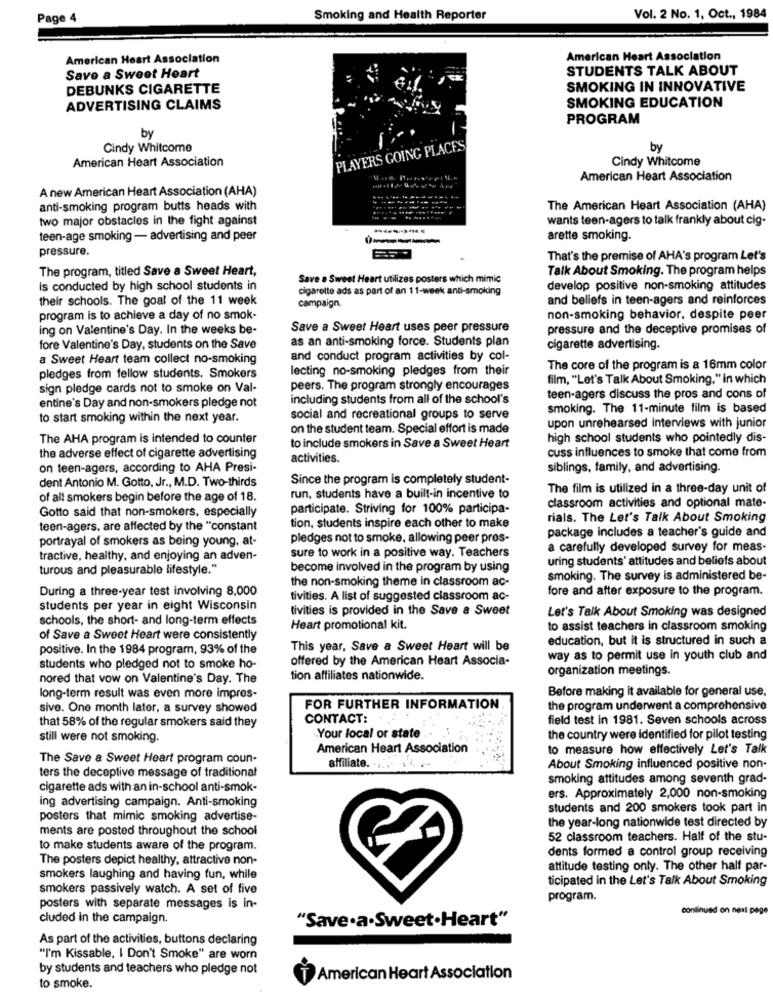
Page 4
Smoking and Health Reporter
Vol. 2 No. 1, Oct ., 1984
American Heart Association
American Heart Association
STUDENTS TALK ABOUT
Save a Sweet Heart
DEBUNKS CIGARETTE
SMOKING IN INNOVATIVE
SMOKING EDUCATION
ADVERTISING CLAIMS
PROGRAM
by
Cindy Whitcome
PLAYERS GOING PLACES
by
American Heart Association
Cindy Whitcome
American Heart Association
A new American Heart Association (AHA)
anti-smoking program butts heads with
The American Heart Association (AHA)
two major obstacles in the fight against
wants teen-agers to talk frankly about cig-
teen-age smoking - advertising and peer
arette smoking.
pressure.
That's the premise of AHA's program Let's
The program, titled Save a Sweet Heart,
Talk About Smoking. The program helps
Save . Sweet Heart utilizes posters which mimic
Is conducted by high school students in
cigarette ads as part of an 11-week anti-smoking
develop positive non-smoking attitudes
their schools. The goal of the 11 week
and beliefs in teen-agers and reinforces
campaign.
program is to achieve a day of no smok-
non-smoking behavior, despite peer
ing on Valentine's Day. In the weeks be-
Save a Sweet Heart uses peer pressure
pressure and the deceptive promises of
as an anti-smoking force. Students plan
fore Valentine's Day, students on the Save
cigarette advertising.
a Sweet Heart team collect no-smoking
and conduct program activities by col-
lecting no-smoking pledges from their
The core of the program is a 16mm color
pledges from fellow students. Smokers
film, "Let's Talk About Smoking," in which
sign pledge cards not to smoke on Val-
peers. The program strongly encourages
including students from all of the school's
teen-agers discuss the pros and cons of
entine's Day and non-smokers pledge not
smoking. The 11-minute film is based
to start smoking within the next year.
social and recreational groups to serve
upon unrehearsed interviews with junior
on the student team. Special effort is made
The AHA program is intended to counter
high school students who pointedly dis-
to include smokers in Save a Sweet Heart
cuss influences to smoke that come from
the adverse effect of cigarette advertising
activities.
on teen-agers, according to AHA Presi-
siblings, family, and advertising.
dent Antonio M. Gotto, Jr ., M.D. Two-thirds
Since the program is completely student-
The film is utilized in a three-day unit of
of all smokers begin before the age of 18.
run, students have a built-in incentive to
participate. Striving for 100% participa-
classroom activities and optional mate-
Gotto said that non-smokers, especially
rials. The Let's Talk About Smoking
teen-agers, are affected by the "constant
tion, students inspire each other to make
package includes a teacher's guide and
pledges not to smoke, allowing peer pres-
portrayal of smokers as being young, at-
sure to work in a positive way. Teachers
a carefully developed survey for meas-
tractive, healthy, and enjoying an adven-
uring students' attitudes and beliefs about
turous and pleasurable lifestyle."
become involved in the program by using
the non-smoking theme in classroom ac-
smoking. The survey is administered be-
During a three-year test involving 8,000
fore and after exposure to the program.
tivities. A list of suggested classroom ac-
students per year in eight Wisconsin
tivities is provided in the Save & Sweet
Let's Talk About Smoking was designed
schools, the short- and long-term effects
Heart promotional kit.
to assist teachers in classroom smoking
of Save a Sweet Heart were consistently
education, but it is structured in such a
positive. In the 1984 program, 93% of the
This year, Save a Sweet Heart will be
offered by the American Heart Associa-
way as to permit use in youth club and
students who pledged not to smoke ho-
organization meetings.
nored that vow on Valentine's Day. The
tion affiliates nationwide.
long-term result was even more impres-
Before making it available for general use,
sive. One month later, a survey showed
FOR FURTHER INFORMATION
the program underwent a comprehensive
CONTACT:
field test in 1981. Seven schools across
that 58% of the regular smokers said they
still were not smoking.
Your local or state .
the country were identified for pilot testing
American Heart Association
to measure how effectively Let's Talk
The Save a Sweet Heart program coun-
affiliate. .....
About Smoking influenced positive non-
ters the deceptive message of traditional
smoking attitudes among seventh grad-
cigarette ads with an in-school anti-smok-
ing advertising campaign. Anti-smoking
ers. Approximately 2,000 non-smoking
students and 200 smokers took part in
posters that mimic smoking advertise-
the year-long nationwide test directed by
ments are posted throughout the school
52 classroom teachers. Half of the stu-
to make students aware of the program.
dents formed a control group receiving
The posters depict healthy, attractive non-
attitude testing only. The other half par-
smokers laughing and having fun, while
ticipated in the Let's Talk About Smoking
smokers passively watch. A set of five
program.
posters with separate messages is in-
continued on next page
cluded in the campaign.
"Save.a.Sweet.Heart"
As part of the activities, buttons declaring
"I'm Kissable, I Don't Smoke" are worn
by students and teachers who pledge not
American Heart Association
to smoke.